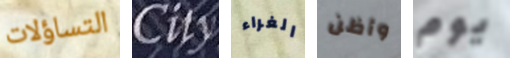
التساؤلات City الغراء وأظن يوم